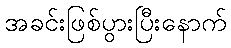
အခင်းဖြစ်ပွားပြီးနောက်